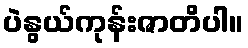
ပဲနွယ်ကုန်းဇာတိပါ။